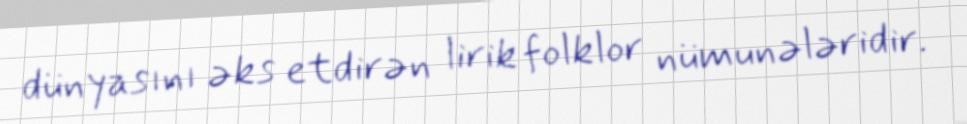
dünyasını əks etdirən lirik folklor nümunələridir.